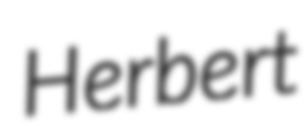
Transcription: Herbert